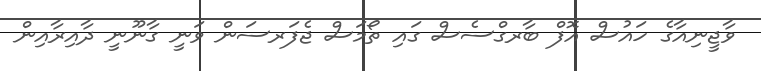
ވާޖީނިއާގެ ހައުސް އޮފް ބާރގްސެސް ގައި ތޯމަސް ޖެފަރސަން ވަނީ ގާނޫނީ ދާއިރާއިން